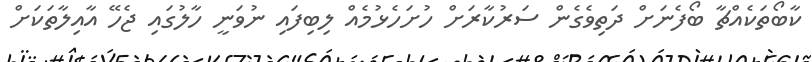
ކާބޯތަކެއްޗާ ބޯފެނަށް ދަތިވެގެން ސަރުކާރަށް ހުށަހެޅުމެއް ލިބިފައި ނުވަނީ ހާލުގައި ޖެހޭ އާއިލާތަކަށް